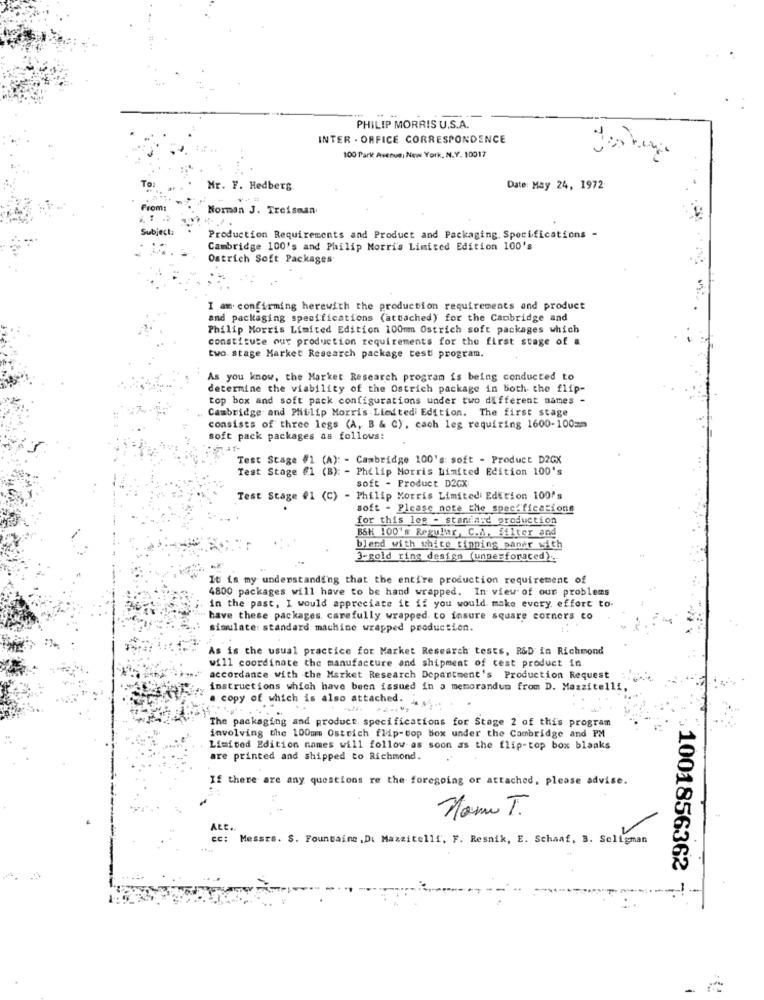
PHILIP MORRIS U.S.A.
INTER - ORFICE CORRESPONDENCE
100 Park Avenue, New York, N.Y. 10017
Mr. F. Hedberg.
Date: May 24, 1972
From:
Norman J. Treisman
Subject:
Production Requirements and Product and Packaging. Specifications -
Cambridge 100's and Philip Morri's Limited Edition 100's
Ostrich Soft Packages
I am confirming herewith the production requirements and product
and packaging specifications (attached) for the Cambridge and
Philip Morris Limited Edition 100mm Ostrich soft packages which
constitute our production requirements for the first stage of a
two. stage Market Research package test program.
As you know, the Market Research program is being conducted to
determine the viability of the Ostrich package in Both the flip-
top box and soft pack configurations under two different names -
Cambridge and Philip Morris Liedtedi Edition. The first stage
consists of three legs (A, B & C), cach leg requiring 1600-100mm
soft pack packages as follows:
Test Stage #1 (A): - Cambridge 100's: soft - Product D2GX
Test Stage #1 (B): - Philip Morris Limited Edition 100's
soft - Product D2CX
Test Stage #1 (C) - Philip Morris Limited Edition 100's
soft - Please note the specifications
for this lee - standard production
BSH 100's Regular, C.A. filter and
blend with white Finning paper with
3-gold ring design (unperforaced) ..
It is my understanding that the entire production requirement of
4800 packages will have to be hand wrapped. In view of our problems
in the past, I would appreciate it if you would make every effort to-
"" have these packages, carefully wrapped to insure square corners to
simulate: standard machine wrapped production.
As is the usual practice for Market Research tests, R&D in Richmond
will coordinate the manufacture and shipment of cest product in
accordance with the Market Research Department's Production Request
instructions which have been issued in a memorandum from D. Mazzitelli,
a copy of which is also attached ...
The packaging and product specifications for Stage 2 of this program
involving the 100mm Ostrich flip-top box under the Cambridge and PM
Limited Edition names will follow as soon as the flip-top box blaaks
are printed and shipped to Richmond.
If there are any questions re the foregoing or attached, please advise.
Nome T.
Att.
cc: Messrs. S. Fountaine , Di Mazzitelli, F. Resnik, E. Schaaf, B. Seligman
1001856362
-